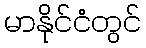
မာနိုင်ငံတွင်